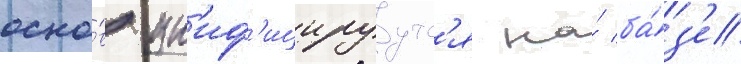
осно́в ун'иф'ицируутс'я на́ ба́з'е